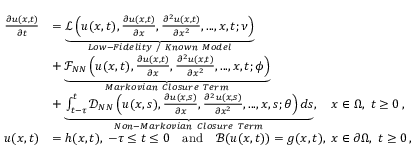
\begin{array} { r l } { \frac { \partial u ( x , t ) } { \partial t } } & { = \underbrace { \mathcal { L } \left( u ( x , t ) , \frac { \partial u ( x , t ) } { \partial x } , \frac { \partial ^ { 2 } u ( x , t ) } { \partial x ^ { 2 } } , . . . , x , t ; \nu \right) } _ { L o w - F i d e l i t y ~ / ~ K n o w n ~ M o d e l } } \\ & { + \underbrace { \mathcal { F } _ { N N } \left( u ( x , t ) , \frac { \partial u ( x , t ) } { \partial x } , \frac { \partial ^ { 2 } u ( x , t ) } { \partial x ^ { 2 } } , . . . , x , t ; \phi \right) } _ { M a r k o v i a n ~ C l o s u r e ~ T e r m } } \\ & { + \underbrace { \int _ { t - \tau } ^ { t } \mathcal { D } _ { N N } \left( u ( x , s ) , \frac { \partial u ( x , s ) } { \partial x } , \frac { \partial ^ { 2 } u ( x , s ) } { \partial x ^ { 2 } } , . . . , x , s ; \theta \right) d s } _ { N o n - M a r k o v i a n ~ C l o s u r e ~ T e r m } , \quad x \in \Omega , \; t \geq 0 \, , } \\ { u ( x , t ) } & { = h ( x , t ) , \; - \tau \leq t \leq 0 \quad \mathrm { a n d } \quad \mathcal { B } ( u ( x , t ) ) = g ( x , t ) , \; x \in \partial \Omega , \; t \geq 0 \, , } \end{array}